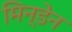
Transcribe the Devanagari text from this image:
मिन्डेन